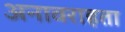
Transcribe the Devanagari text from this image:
अनावराहता